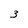
Character: 3